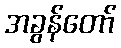
အခွန်တော်